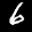
Label: 6